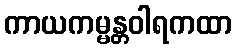
ကာယကမ္မန္တဝါရကထာ